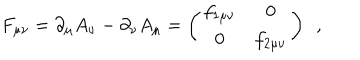
F _ { \mu \nu } = \partial _ { \mu } A _ { \nu } - \partial _ { \nu } A _ { \mu } = \left( \begin{matrix} { { f _ { 1 \mu \nu } } } & { { 0 } } \\ { { 0 } } & { { f _ { 2 \mu \nu } } } \\ \end{matrix} \right) ~ ~ ,